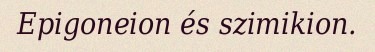
Epigoneion és szimikion.